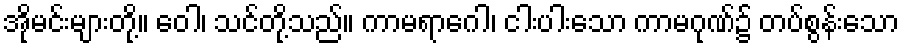
အိုမင်းများတို့။ ဝေါ၊ သင်တို့သည်။ ကာမရာဂေါ၊ ငါးပါးသော ကာမဂုဏ်၌ တပ်စွန်းသော